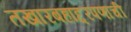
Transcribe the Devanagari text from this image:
तखारबहाद्दरपणाची